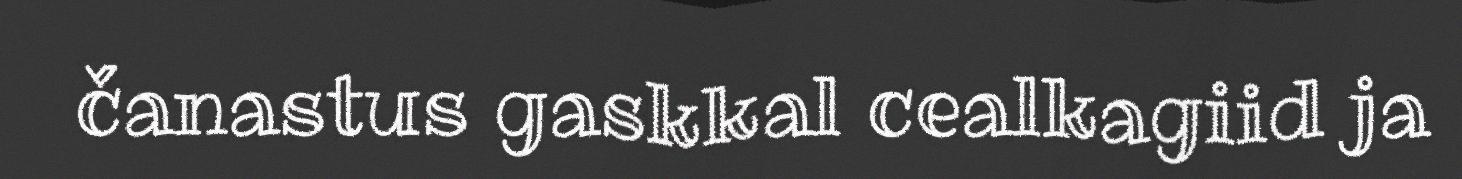
čanastus gaskkal cealkagiid ja